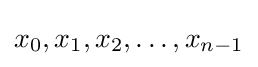
x_{0},x_{1},x_{2},\ldots ,x_{n-1}